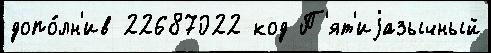
допо́лн'ив 22687022 код П'ят'иjазычный